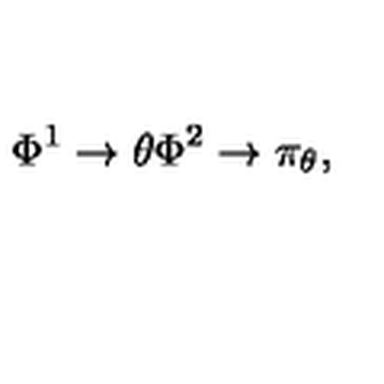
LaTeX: \Phi ^ { 1 } \rightarrow \theta \Phi ^ { 2 } \rightarrow \pi _ { \theta } , \nonumber